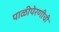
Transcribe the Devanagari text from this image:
पाळीपेरणीची